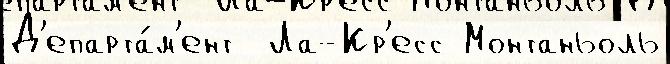
Д'епарта́м'ент  Ла-Кр'есс Монтаньоль